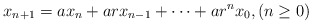
\begin{align*}x_{n+1}=ax_n+arx_{n-1}+\cdots+ar^nx_0, (n\geq 0)\end{align*}